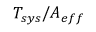
{ T _ { s y s } } / A _ { e f f }